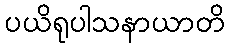
ပယိရုပါသနာယာတိ